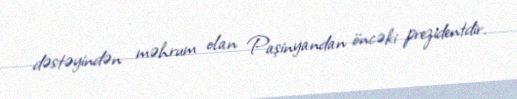
dəstəyindən məhrum olan Paşinyandan öncəki prezidentdir.